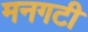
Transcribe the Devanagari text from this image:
मनगटी